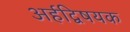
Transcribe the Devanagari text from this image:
अर्हद्विषयक